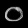
Digit: ၀